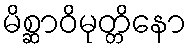
မိစ္ဆာဝိမုတ္တိနော